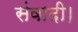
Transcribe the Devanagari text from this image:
संवादी।